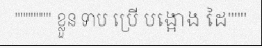
""""""" ខ្លួន ទាប ប្រើ បង្អោង ដៃ"""